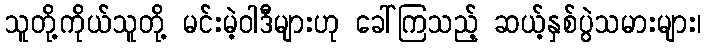
သူတို့ကိုယ်သူတို့ မင်းမဲ့ဝါဒီများဟု ခေါ်ကြသည့် ဆယ့်နှစ်ပွဲသမားများ၊